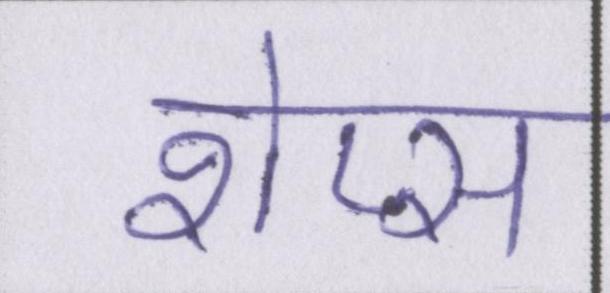
शेप्स